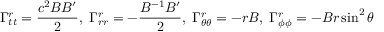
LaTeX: \Gamma _ { t t } ^ { r } = { \frac { c ^ { 2 } B B ^ { \prime } } { 2 } } , \; \Gamma _ { r r } ^ { r } = - { \frac { B ^ { - 1 } B ^ { \prime } } { 2 } } , \; \Gamma _ { \theta \theta } ^ { r } = - r B , \; \Gamma _ { \phi \phi } ^ { r } = - B r \sin ^ { 2 } \theta